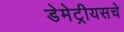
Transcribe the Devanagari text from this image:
डेमेट्रीयसचे